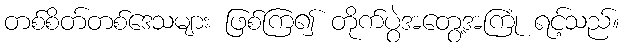
တစ်စိတ်တစ်ဒေသများ ဖြစ်ကြ၍ တိုက်ပွဲအတွေ့အကြုံ ရင့်သည်။